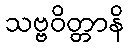
သဗ္ဗဝိတ္တာနိ